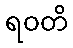
ရဝတိ